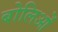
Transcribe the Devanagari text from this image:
बोलिओं